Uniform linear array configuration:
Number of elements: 8
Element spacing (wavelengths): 0.25
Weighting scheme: blackman
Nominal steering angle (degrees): -15
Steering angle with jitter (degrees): -14.99
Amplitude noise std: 0.05
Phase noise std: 0.05

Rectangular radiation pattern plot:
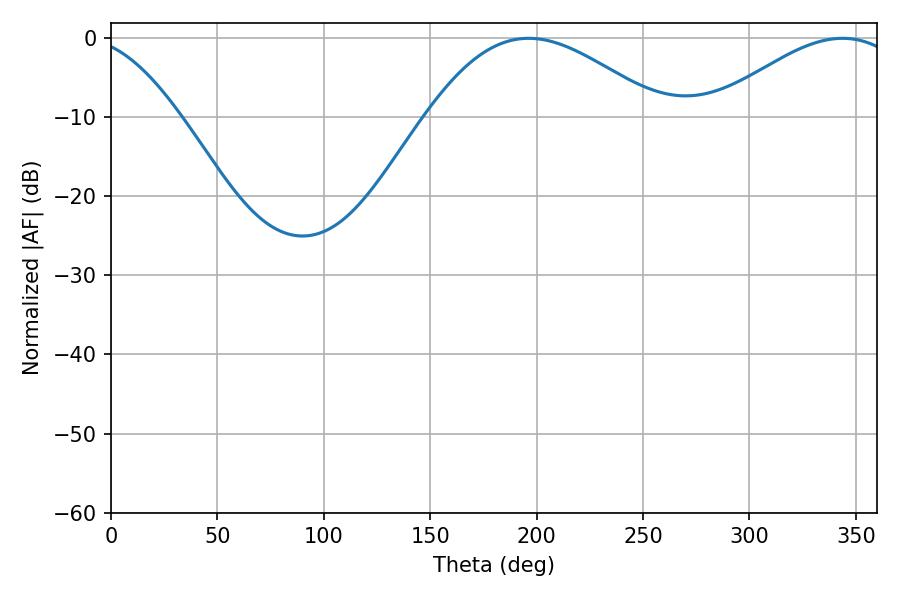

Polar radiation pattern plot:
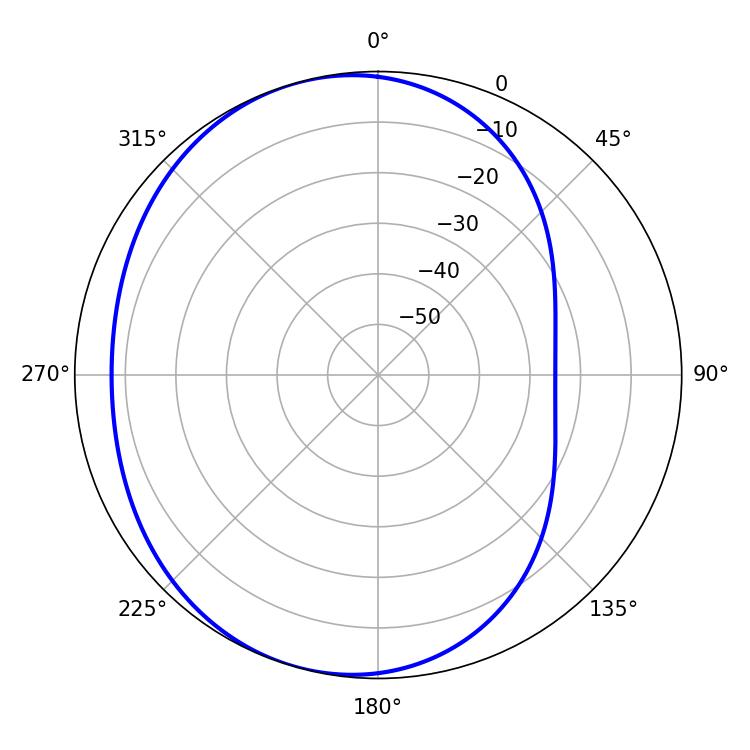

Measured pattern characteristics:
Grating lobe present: FALSE
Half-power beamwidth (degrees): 59.4
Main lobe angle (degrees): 196.2